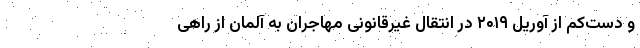
و دست‌کم از آوریل ۲۰۱۹ در انتقال غیرقانونی مهاجران به آلمان از راهی